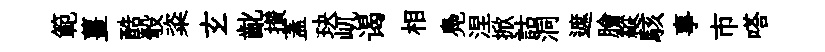
範薑酷彀粢𤣥齔攅蓋玦屼谒相鳧涅掀詁洞遮膾縱駭事市嗒